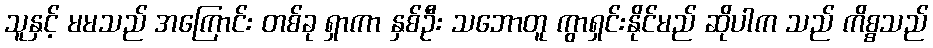
သူနှင့် မမသည် အကြောင်း တစ်ခု ရှာကာ နှစ်ဦး သဘောတူ ကွာရှင်းနိုင်မည် ဆိုပါက သည် ကိစ္စသည်